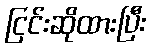
ငြင်းဆိုထားပြီး